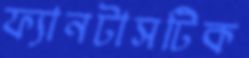
ফ্যানটাসটিক